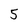
Character: 5